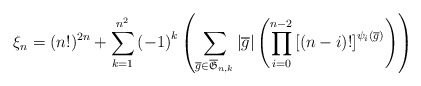
\begin{align*}\xi_{n} = (n!)^{2n} +\sum_{k=1}^{n^2} \left( -1\right)^k \left( \sum_{\overline{g}\in \overline{\mathfrak{G}}_{n,k} } |\overline{g} | \left( \prod_{i=0}^{n-2} \left[ \left( n-i\right) ! \right]^{\psi_i (\overline{g})} \right) \right)\end{align*}